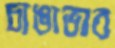
চাঙাভাব